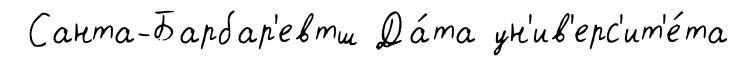
Санта-Барбар'евтш Да́та ун'ив'ерс'ит'е́та